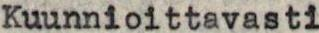
Kuunnioittavasti